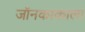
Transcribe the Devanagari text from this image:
जॉनकाकाला